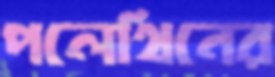
পলেথিনের